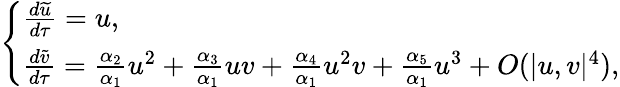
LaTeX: \left\{ \begin{array}{ll}{\frac{d\widetilde{u}}{d\tau}=u,}\\ {\frac{d\widetilde{v}}{d\tau}=\frac{\alpha_{2}}{\alpha_{1}}u^{2}+\frac{\alpha_{3}}{\alpha_{1}}uv+\frac{\alpha_{4}}{\alpha_{1}}u^{2}v+\frac{\alpha_{5}}{\alpha_{1}}u^{3}+O({|u,v|^{4}}),}\end{array}\right.